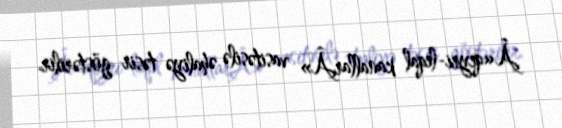
Â«qeyri-leqal kanallarÂ» vasitəsilə əhaliyə təsir göstərilir.